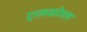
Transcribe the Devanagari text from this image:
एलकोहल